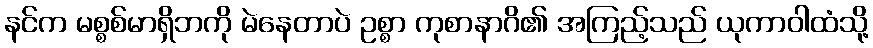
နင်က မစ္စစ်မာရှိဘကို မဲနေတာပဲ ဥစ္စာ ကုစာနာဂိ၏ အကြည့်သည် ယုကာဝါထံသို့